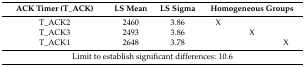
<table><thead><tr><td><b>ACK Timer (T_ACK)</b></td><td><b>LS Mean</b></td><td><b>LS Sigma</b></td><td colspan="3"><b>Homogeneous Groups</b></td></tr></thead><tbody><tr><td>T_ACK2</td><td>2460</td><td>3.86</td><td>X</td><td></td><td></td></tr><tr><td>T_ACK3</td><td>2493</td><td>3.86</td><td></td><td>X</td><td></td></tr><tr><td>T_ACK1</td><td>2648</td><td>3.78</td><td></td><td></td><td>X</td></tr><tr><td colspan="6">Limit to establish significant differences: 10.6</td></tr></tbody></table>